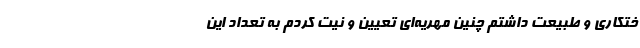
ختکاری و طبیعت داشتم چنین مهریه‌ای تعیین و نیت کردم به تعداد این